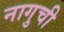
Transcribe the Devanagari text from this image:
नागुची